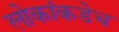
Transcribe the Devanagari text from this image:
लोकांकडेच